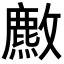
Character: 𫿡